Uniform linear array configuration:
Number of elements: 32
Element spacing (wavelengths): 1
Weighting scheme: blackman
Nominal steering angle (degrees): -30
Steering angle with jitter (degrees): -30.278
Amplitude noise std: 0.05
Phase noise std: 0.05

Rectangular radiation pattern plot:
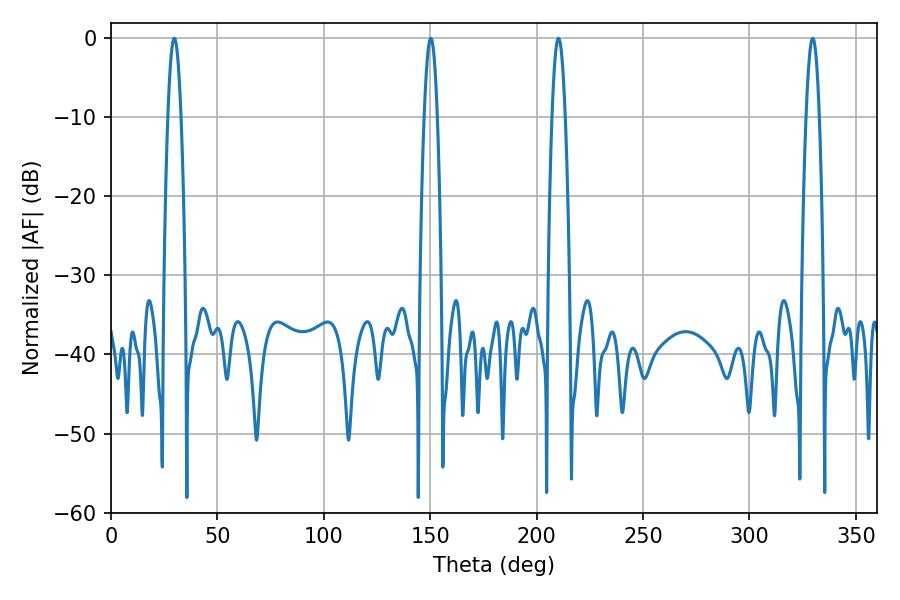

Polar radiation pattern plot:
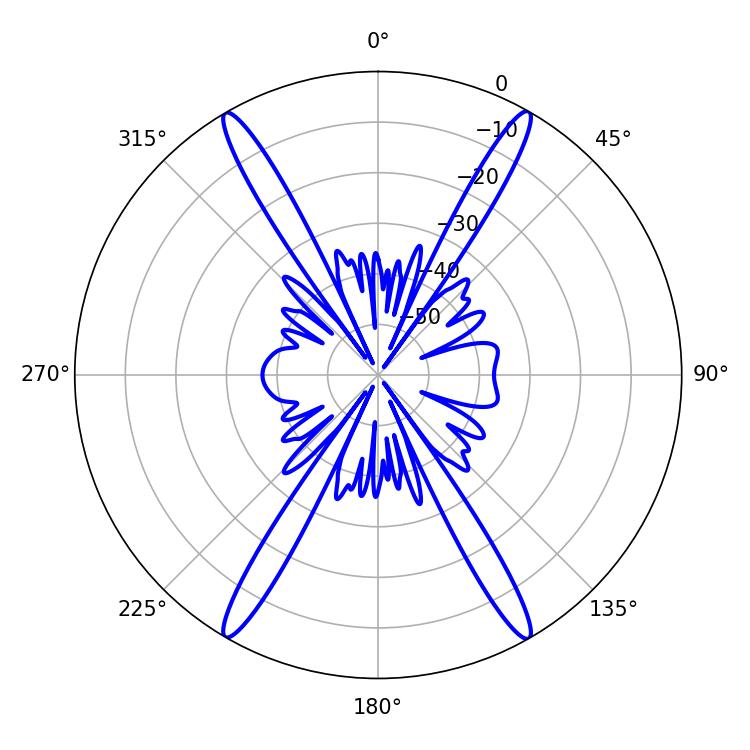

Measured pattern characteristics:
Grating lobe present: TRUE
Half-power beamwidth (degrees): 3.42
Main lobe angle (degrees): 210.24